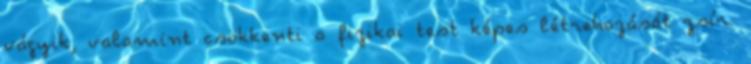
vágyik, valamint csökkenti a fizikai test képes létrehozását zsír.